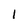
Character: 1